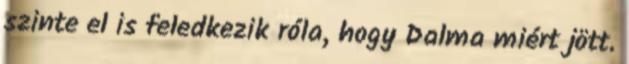
szinte el is feledkezik róla, hogy Dalma miért jött.